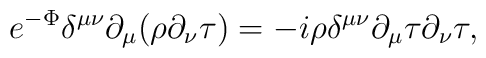
e^{-\Phi}\delta^{\mu\nu}\partial_\mu(\rho\partial_\nu\tau)=-i\rho\delta^{\mu\nu}\partial_\mu\tau\partial_\nu\tau,